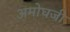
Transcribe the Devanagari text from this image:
अमोघजी